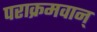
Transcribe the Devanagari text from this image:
पराक्रमवान्